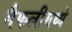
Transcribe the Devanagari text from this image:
मैफलीमध्ये